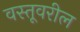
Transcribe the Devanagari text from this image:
वस्तूवरील